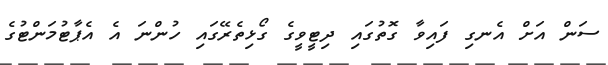
ސަން އަށް އެނގި ފައިވާ ގޮތުގައި ދިޓީވީގެ ގޯޅިތެރޭގައި ހުންނަ އެ އެޕާޓުމަންޓުގެ